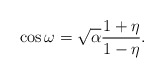
\begin{align*}\cos\omega=\sqrt{\alpha}\frac{1+\eta}{1-\eta}.\end{align*}